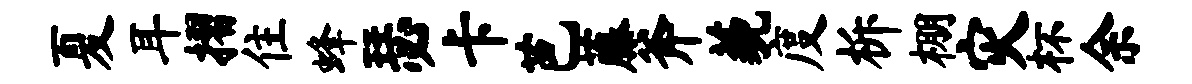
夏耳摺住蜂瑟卡芭藤斧藐度柝棚灾杯余